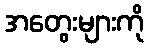
အတွေးများကို